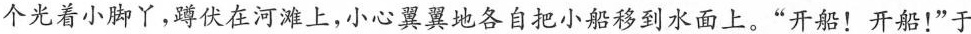
个光着小脚丫，蹲伏在河滩上，小心翼翼地各自把小船移到水面上。“开船！开船！”于